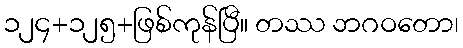
၁၂၄+၁၂၅+ဖြစ်ကုန်ပြီ။ တဿ ဘဂဝတော၊